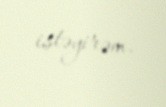
istəyirəm.